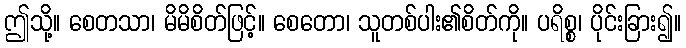
ဤသို့။ စေတသာ၊ မိမိစိတ်ဖြင့်။ စေတော၊ သူတစ်ပါး၏စိတ်ကို။ ပရိစ္စ၊ ပိုင်းခြား၍။